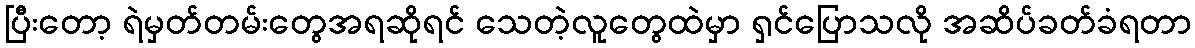
ပြီးတော့ ရဲမှတ်တမ်းတွေအရဆိုရင် သေတဲ့လူတွေထဲမှာ ရှင်ပြောသလို အဆိပ်ခတ်ခံရတာ